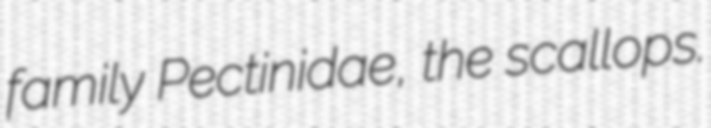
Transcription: family Pectinidae, the scallops.